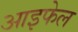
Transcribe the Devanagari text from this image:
आइफेल